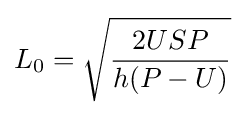
L_{0}={\sqrt {\frac {2USP}{h(P-U)}}}